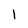
Character: 1